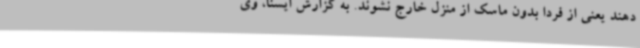
دهند یعنی از فردا بدون ماسک از منزل خارج نشوند. به گزارش ایسنا، وی